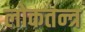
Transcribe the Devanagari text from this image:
लोकतन्‍त्र